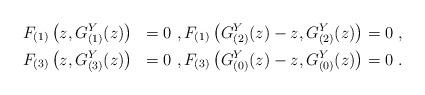
LaTeX: \begin{align*}\begin{aligned} &F_{(1)}\left(z,G_{(1)}^Y(z)\right)&=0\ , F_{(1)}\left(G_{(2)}^Y(z)-z,G_{(2)}^Y(z)\right)=0\ ,\\&F_{(3)}\left(z,G_{(3)}^Y(z)\right)&=0\ ,F_{(3)}\left(G_{(0)}^Y(z)-z,G_{(0)}^Y(z)\right)=0\ .\end{aligned}\end{align*}